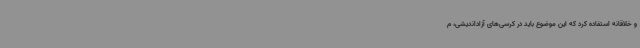
و خلاقانه استفاده کرد که این موضوع باید در کرسی‌های آزاداندیشی، م